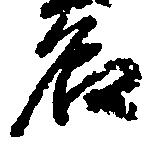
名